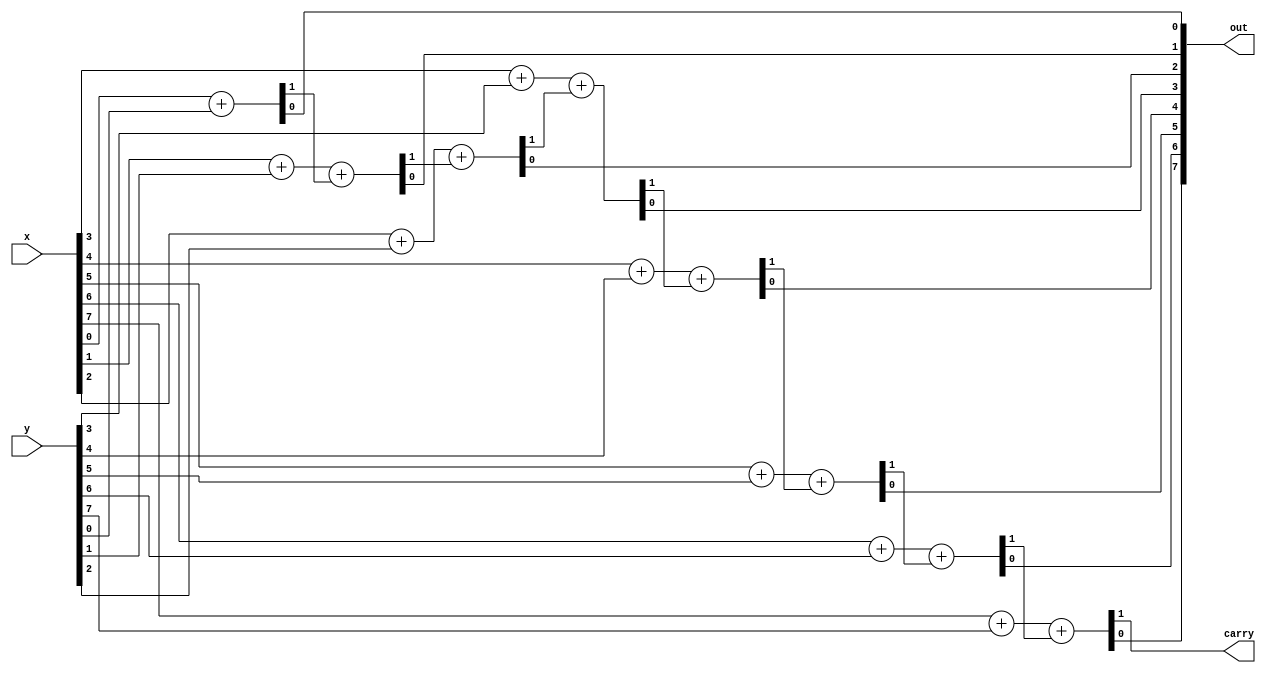
module adder(x, y, carry, out);
input [7:0] x, y;
output carry;
output [7:0] out;
reg co[6:0];
/*Write your code here*/
assign {co[0],out[0]}=x[0]+y[0];
assign {co[1],out[1]}=x[1]+y[1]+co[0];
assign {co[2],out[2]}=x[2]+y[2]+co[1];
assign {co[3],out[3]}=x[3]+y[3]+co[2];
assign {co[4],out[4]}=x[4]+y[4]+co[3];
assign {co[5],out[5]}=x[5]+y[5]+co[4];
assign {co[6],out[6]}=x[6]+y[6]+co[5];
assign {carry,out[7]}=x[7]+y[7]+co[6];
/*End of code*/

endmodule